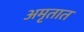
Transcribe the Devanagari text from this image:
अमृतात